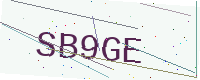
Text: SB9GE